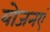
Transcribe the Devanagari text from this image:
योजनएं